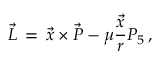
\vec { L } \, = \, \vec { x } \times \vec { P } - \mu \frac { \vec { x } } { r } P _ { 5 } \, ,